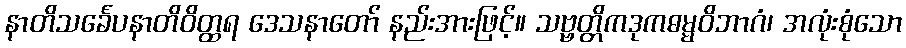
နာတိသင်္ခေပနာတိဝိတ္ထရ ဒေသနာတော် နည်းအားဖြင့်။ သဗ္ဗတ္တိကဒုကဓမ္မဝိဘာဂံ၊ အလုံးစုံသော